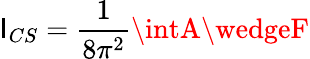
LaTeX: \mathsf{I}_{CS}=\frac{{1}}{{8\pi^{2}}}\intA\wedgeF